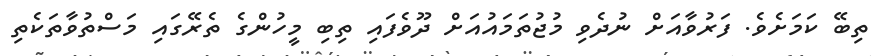
ތިބޭ ކަމަށެވެ. ފަރުވާއަށް ނުދެވި މުޖުތަމައުއަށް ދޫވެފައި ތިބި މީހުންގެ ތެރޭގައި މަސްތުވާތަކެތި